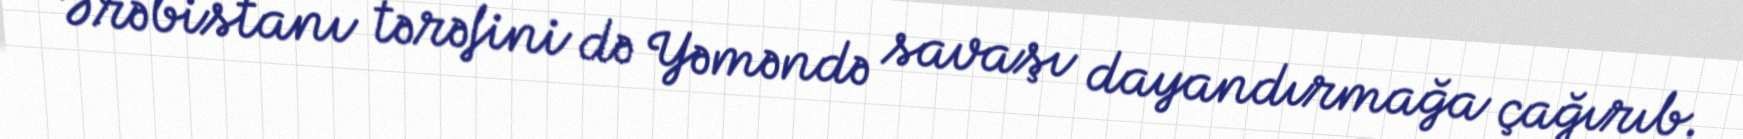
Ərəbistanı tərəfini də Yəməndə savaşı dayandırmağa çağırıb.